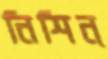
নিশিন্